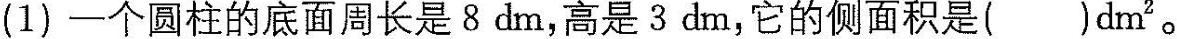
(1)一个圆柱的底面周长是8dm，高是3dm，它的侧面积是( )dm^{2}。